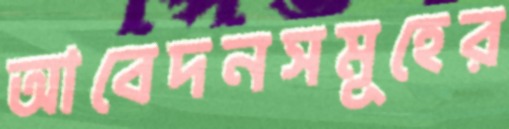
আবেদনসমূহের